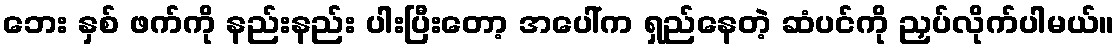
ဘေး နှစ် ဖက်ကို နည်းနည်း ပါးပြီးတော့ အပေါ်က ရှည်နေတဲ့ ဆံပင်ကို ညှပ်လိုက်ပါမယ်။